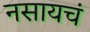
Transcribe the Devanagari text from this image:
नसायचं